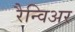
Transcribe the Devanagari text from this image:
रैन्विअर